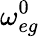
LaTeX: \omega_{eg}^{0}